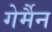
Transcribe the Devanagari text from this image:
गेर्मैन